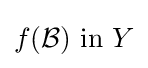
f({\mathcal {B}}){\text{ in }}Y